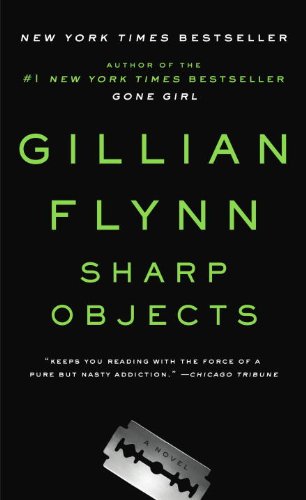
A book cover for Sharp Objects; Gillian Flynn; Mystery, Thriller & Suspense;